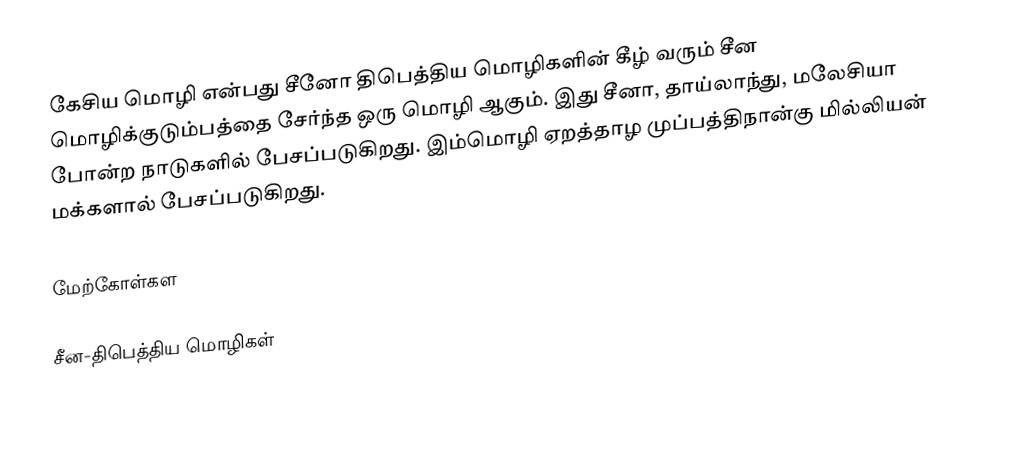
கேசிய மொழி என்பது சீனோ திபெத்திய மொழிகளின் கீழ் வரும் சீன மொழிக்குடும்பத்தை சேர்ந்த ஒரு மொழி ஆகும். இது சீனா, தாய்லாந்து, மலேசியா போன்ற நாடுகளில் பேசப்படுகிறது. இம்மொழி ஏறத்தாழ முப்பத்திநான்கு மில்லியன் மக்களால் பேசப்படுகிறது.

மேற்கோள்கள

சீன-திபெத்திய மொழிகள்